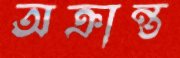
অক্রান্ত